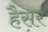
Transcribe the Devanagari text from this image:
हैसर